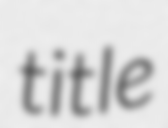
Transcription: title